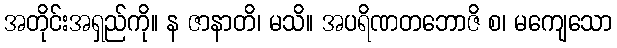
အတိုင်းအရှည်ကို။ န ဇာနာတိ၊ မသိ။ အပရိဏတဘောဇိ စ၊ မကျေသော